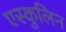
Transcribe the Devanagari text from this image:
एस्कुलिन